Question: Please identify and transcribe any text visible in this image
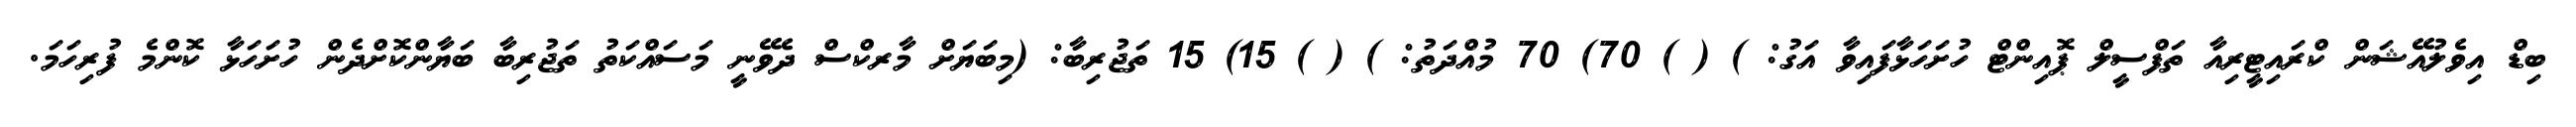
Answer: ބިޑް އިވެލުއޭޝަން ކްރައިޓީރިއާ ތަފްސީލް ޕޮއިންޓް ހުށަހަޅާފައިވާ އަގު: ) ( ) 70) 70 މުއްދަތު: ) ( ) 15) 15 ތަޖުރިބާ: (މިބަޔަށް މާރކްސް ދެވޭނީ މަސައްކަތު ތަޖުރިބާ ބަޔާންކޮށްދެން ހުށަހަޅާ ކޮންމެ ފުރިހަމަ.